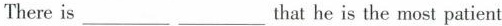
There is___ ___ that he is the most patient